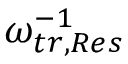
\omega _ { t r , R e s } ^ { - 1 }